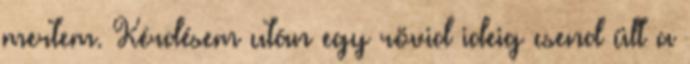
mertem. Kérdésem után egy rövid ideig csend ült a